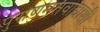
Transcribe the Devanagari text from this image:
पुराणमतवाद्यांशी